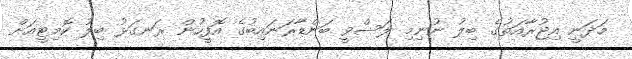
މަދަނީ އިޖުރާއަތުގެ ބިލު ނުނިމި ލަސްވީ ބަންޑާރަނައިބުގެ އޮފީހުން ރަނގަޅު ބިލު ކޮމިޓީއަށް